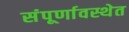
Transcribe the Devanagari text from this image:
संंपूर्णावस्थेत